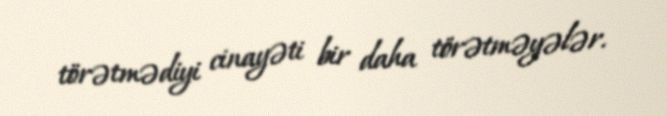
törətmədiyi cinayəti bir daha törətməyələr.